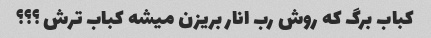
کباب برگ که روش رب انار بریزن میشه کباب ترش ؟؟؟